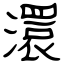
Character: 澴